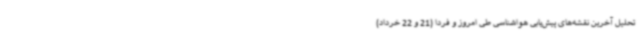
تحلیل آخرین نقشه‌های پیش‌یابی هواشناسی طی امروز و فردا (21 و 22 خرداد)